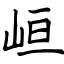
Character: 峘